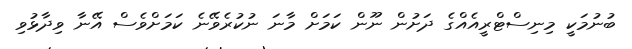
ބުނުމަކީ މިނިސްޓްރީއެއްގެ ދަށުން ނޫން ކަމަށް މާނަ ނުކުރެވޭނެ ކަމަށްވެސް އޭނާ ވިދާޅުވި